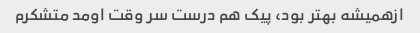
ازهمیشه بهتر بود، پیک هم درست سر وقت اومد متشکرم